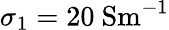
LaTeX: \sigma_{1}=20~\mathrm{{Sm^{-1}}}